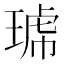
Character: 𱯊